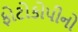
ફોટોકોપીનો